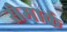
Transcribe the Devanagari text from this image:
सेमार्क